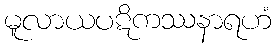
မူလာယပဋိကဿနာရဟံ